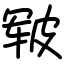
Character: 皲